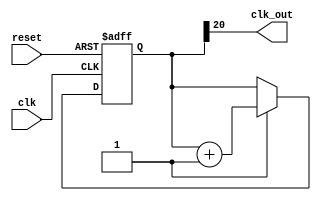
module clkdiv(
    input clk,
    input reset,
    output clk_out
);

reg [20:0] COUNT;

assign clk_out = COUNT[20];

always @ (posedge clk or posedge reset)
    begin
        if (reset)
            COUNT <= 0;
        else if (start)
            COUNT <= COUNT + 1;
    end
endmodule